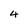
Character: 4